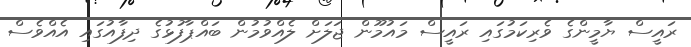
ރައީސް ޔާމީންގެ ވެރިކަމުގައި ރައީސް މައުމޫން ޖަލަށް ލެއްވުމުން ބައްޕާފުޅުގެ ދިފާއުގައި އެއްވެސް